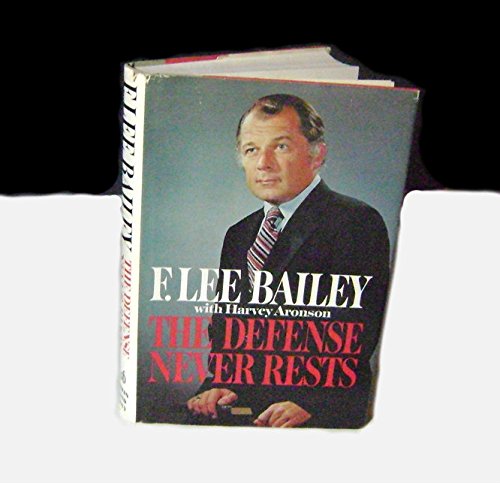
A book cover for The Defense Never Rests; F. Lee Bailey; Law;